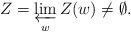
LaTeX: \begin{align*}Z = \varprojlim_w Z(w) \not= \emptyset.\end{align*}